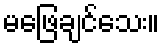
မဖြေချင်သေး။